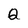
Character: Q